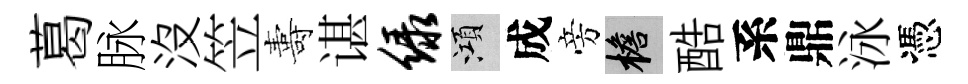
葛脉没笠夀谌绿澒成旁檐酷系鼎泳憑